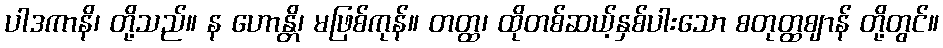
ပါဒကာနိ၊ တို့သည်။ န ဟောန္တိ၊ မဖြစ်ကုန်။ တတ္ထ၊ ထိုတစ်ဆယ့်နှစ်ပါးသော စတုတ္ထဈာန် တို့တွင်။